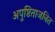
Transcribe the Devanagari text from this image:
अपुष्टिताजनित